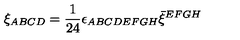
\xi _ { A B C D } = { \frac { 1 } { 2 4 } } \epsilon _ { A B C D E F G H } \bar { \xi } ^ { E F G H }